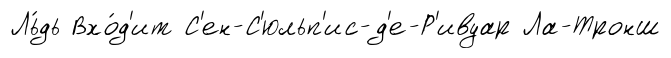
Ль́дь Вхо́д'ит С'ен-С'юльп'ис-д'е-Р'ивуар Ла-Тронш